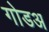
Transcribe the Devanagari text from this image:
गोडअ